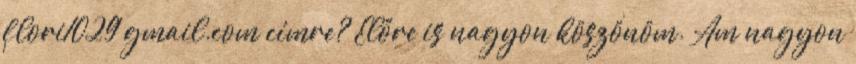
flori1029 gmail.com címre? Előre is nagyon köszönöm. Am nagyon